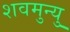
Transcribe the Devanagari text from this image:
शवमुन्यु